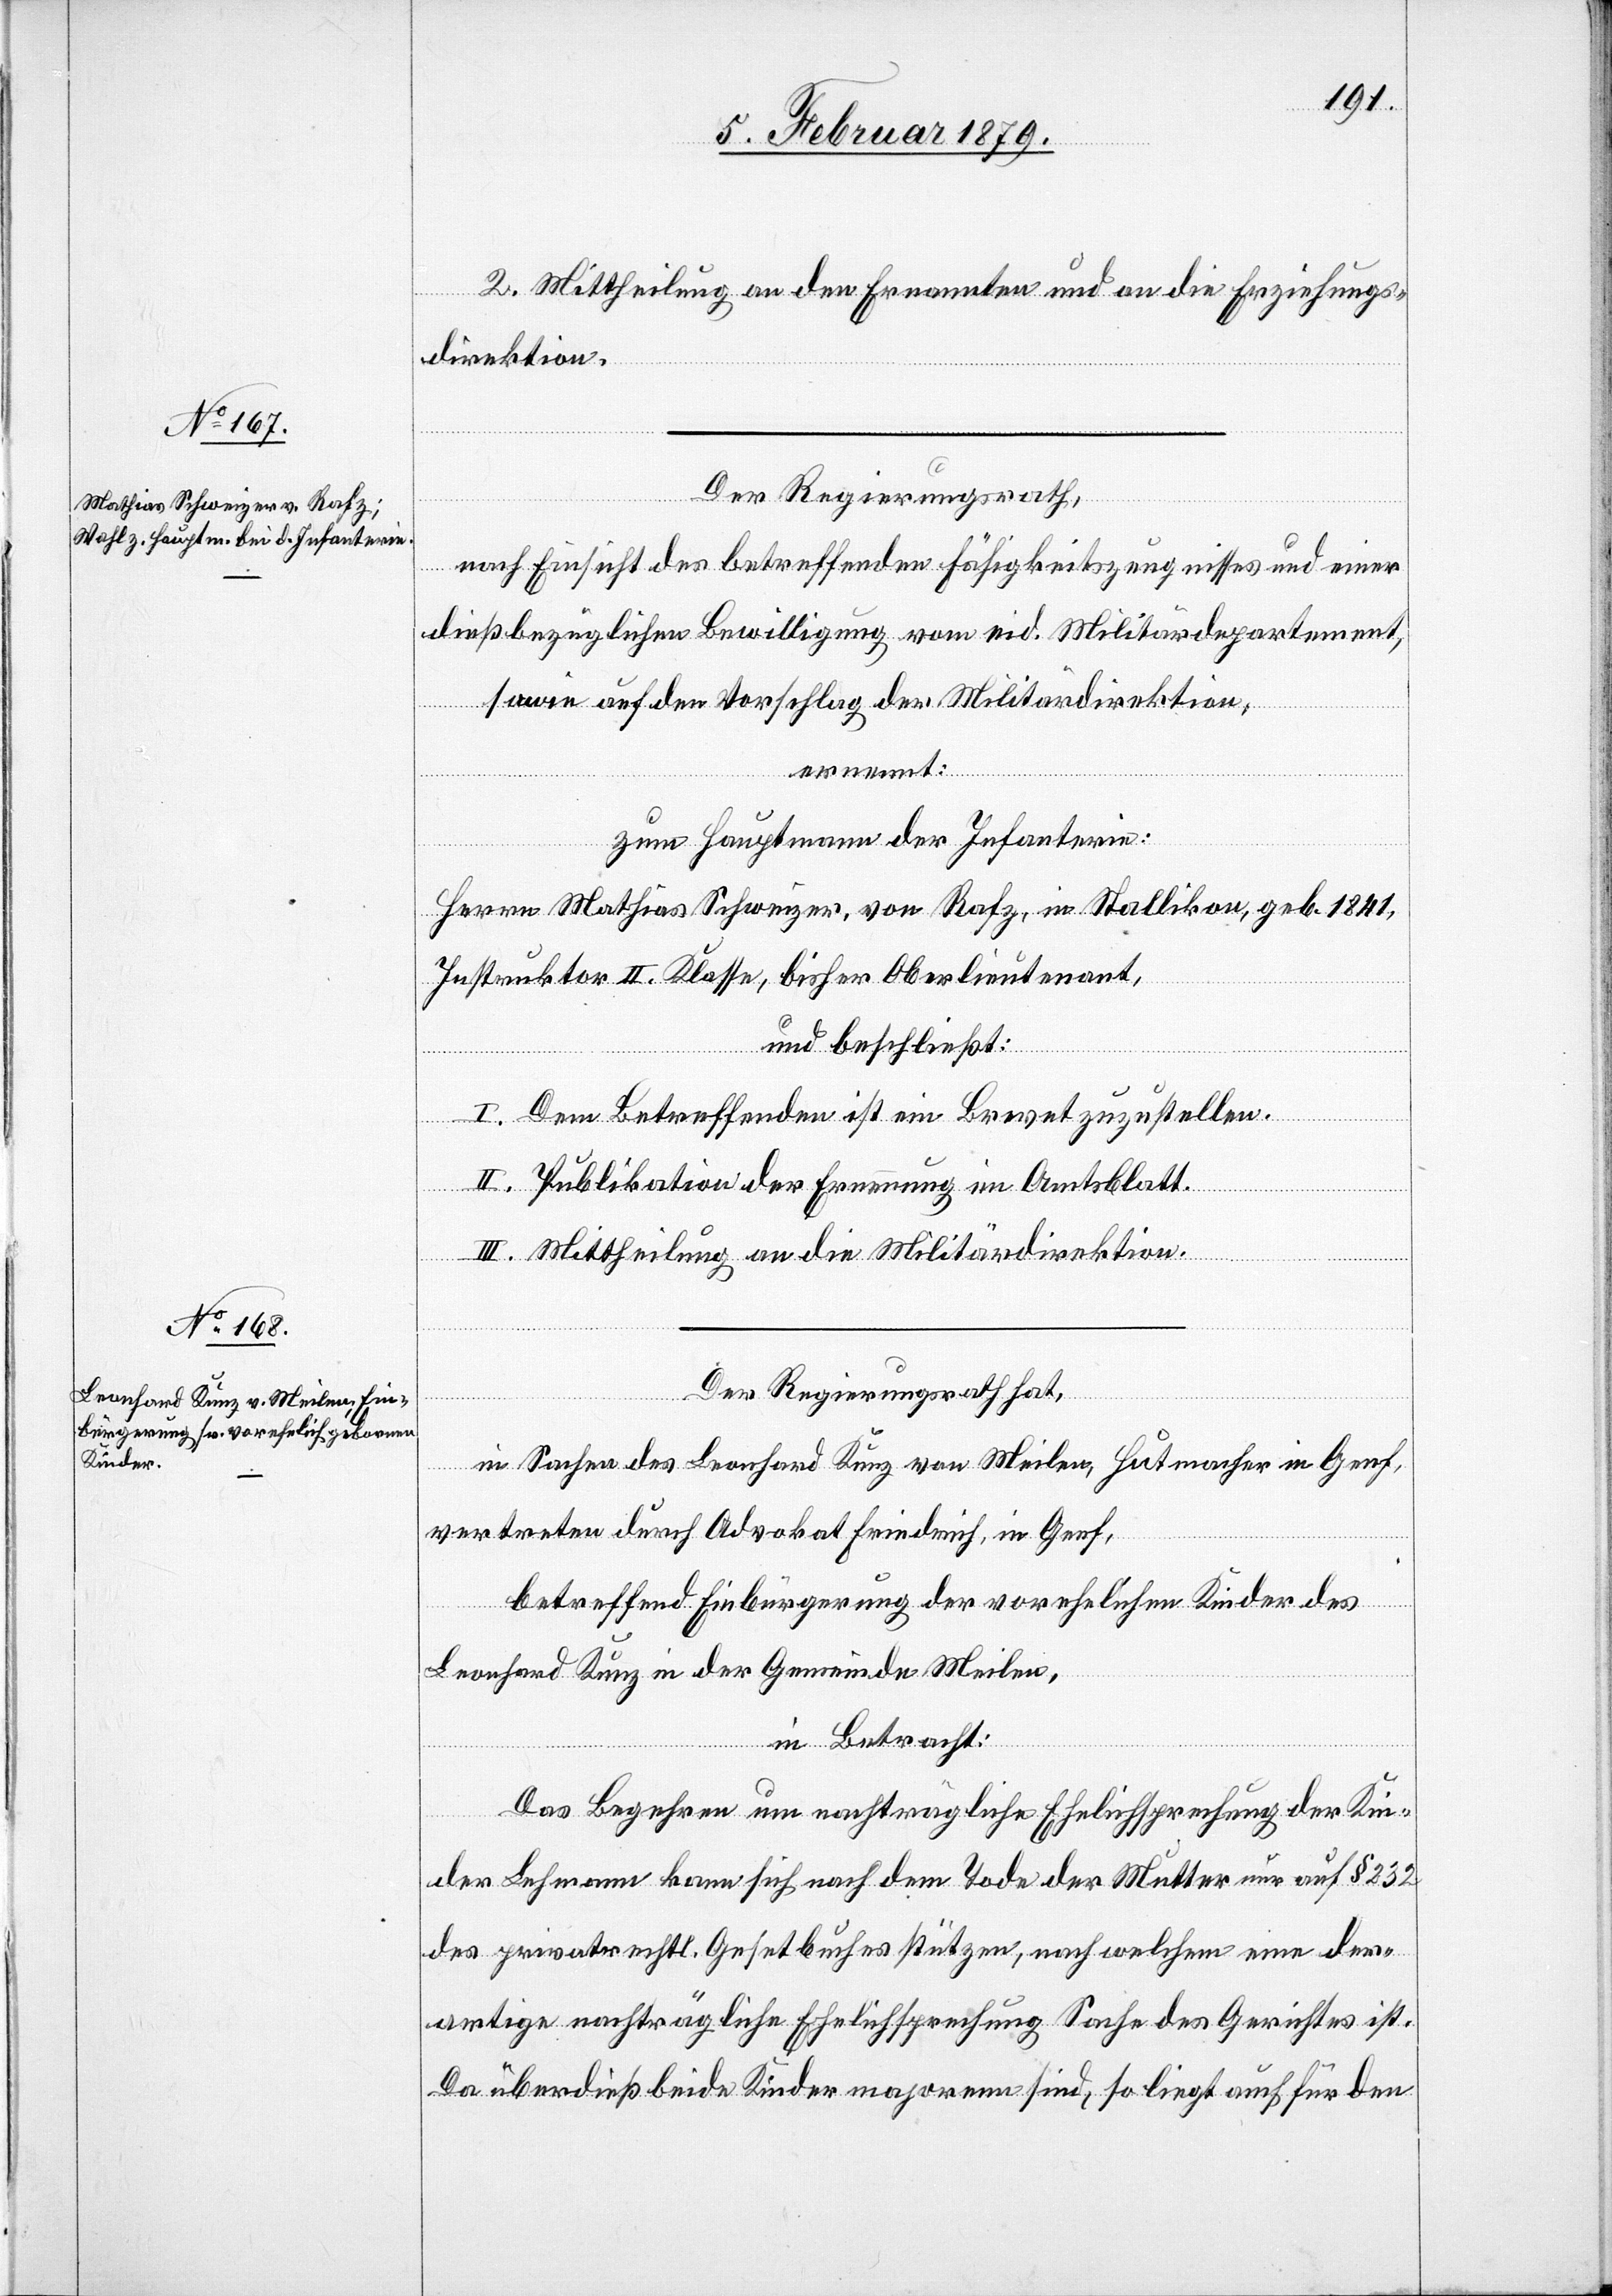
2. Mittheilung an den Ernannten und an die Erziehungs¬
direktion.
Der Regierungsrath,
nach Einsicht des betreffenden Fähigkeitszeugnisses und einer
dießbezüglichen Bewilligung vom eid. Militärdepartement,
sowie auf den Vorschlag der Militärdirektion,
ernennt:
zum Hauptmann der Infanterie:
Herrn Mathias Schweizer von Rafz, in Stallikon, geb. 1841,
Instruktor II. Klasse, bisher Oberlieutenant,
und beschließt:
I. Dem Betreffenden ist ein Brevet zuzustellen.
II. Publikation der Ernennung im Amtsblatt.
III. Mittheilung an die Militärdirektion.
Der Regierungsrath hat,
in Sachen des Leonhard Kunz von Meilen, Hutmacher in Genf,
vertreten durch Advokat Friedrich, in Genf,
betreffend Einbürgerung der vorehelichen Kinder des
Leonhard Kunz in der Gemeinde Meilen,
in Betracht:
Das Begehren um nachträgliche Ehelichsprechung der Kin¬
der Lehmann kann sich nach dem Tode der Mutter nur auf § 232
des privatrechtl. Gesetbuches [recte: Gesetzbuches] stützen, nach welchem eine der¬
artige nachträgliche Ehelichsprechung Sache des Gerichtes ist.
Da überdieß beide Kinder majorenn sind, so liegt auch für den